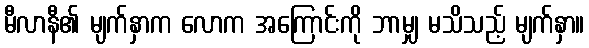
မီလာနီ၏ မျက်နှာက လောက အကြောင်းကို ဘာမျှ မသိသည့် မျက်နှာ။